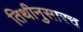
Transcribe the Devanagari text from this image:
तिथीनुसारच